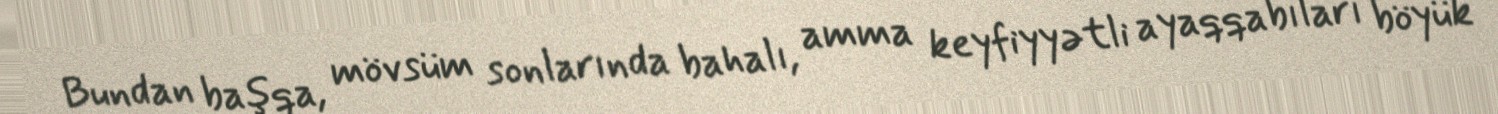
Bundan başqa, mövsüm sonlarında bahalı, amma keyfiyyətli ayaqqabıları böyük